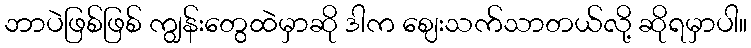
ဘာပဲဖြစ်ဖြစ် ကျွန်းတွေထဲမှာဆို ဒါက ဈေးသက်သာတယ်လို့ ဆိုရမှာပါ။